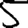
Digit: 5